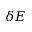
\delta E